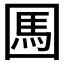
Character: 𡈊